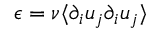
\epsilon = \nu \langle \partial _ { i } u _ { j } \partial _ { i } u _ { j } \rangle